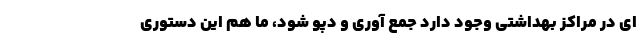
ای در مراکز بهداشتی وجود دارد جمع آوری و دپو شود، ما هم این دستوری